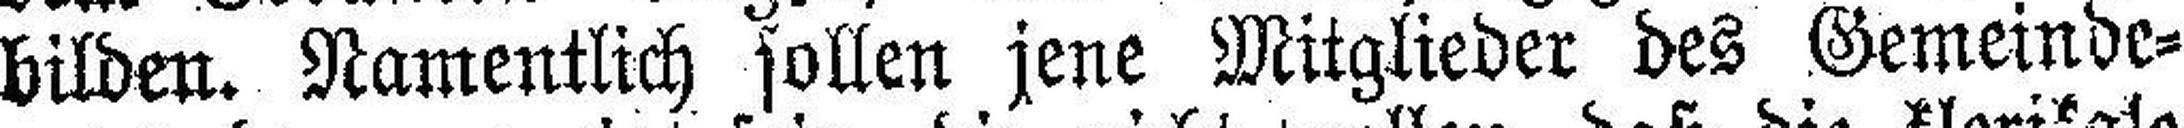
bilden. Namentlich sollen jene Mitglieder des Gemeinde¬